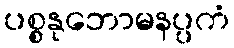
ပစ္စနုဘောမနပ္ပကံ